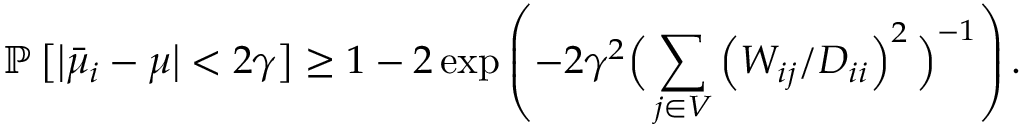
\mathbb { P } \left[ \left| \bar { \mu } _ { i } - \mu \right| < 2 \gamma \right] \geq 1 - 2 \exp \left( - 2 \gamma ^ { 2 } \Big ( \sum _ { j \in V } \left( { W _ { i j } } / { D _ { i i } } \right) ^ { 2 } \Big ) ^ { - 1 } \right) .